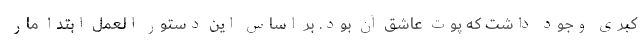
کبری وجود داشت که پوت عاشق آن بود. بر اساس این دستور العمل ابتدا مار